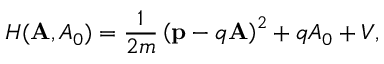
H ( { \bf A } , { A _ { 0 } } ) = \frac { 1 } { 2 m } \left( { \bf p } - q { \bf A } \right) ^ { 2 } + q { A _ { 0 } } + V ,